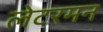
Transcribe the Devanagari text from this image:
लेटरमन